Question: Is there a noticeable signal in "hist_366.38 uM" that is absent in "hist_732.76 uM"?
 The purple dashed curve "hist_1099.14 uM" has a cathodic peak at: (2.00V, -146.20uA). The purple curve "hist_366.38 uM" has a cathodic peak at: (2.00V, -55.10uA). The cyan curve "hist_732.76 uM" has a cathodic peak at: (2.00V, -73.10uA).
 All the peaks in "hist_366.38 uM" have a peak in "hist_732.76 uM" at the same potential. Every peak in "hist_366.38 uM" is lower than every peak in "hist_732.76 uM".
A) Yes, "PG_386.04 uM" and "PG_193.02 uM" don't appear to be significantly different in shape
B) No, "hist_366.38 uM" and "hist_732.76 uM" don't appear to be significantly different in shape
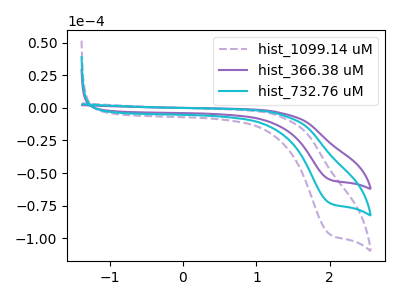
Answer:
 <answer>B) No, "hist_366.38 uM" and "hist_732.76 uM" don't appear to be significantly different in shape</answer>
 <eval>B</eval>